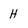
Character: H